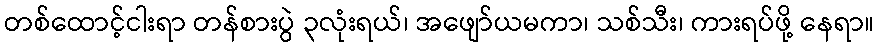
တစ်ထောင့်ငါးရာ တန်စားပွဲ ၃လုံးရယ်၊ အဖျော်ယမကာ၊ သစ်သီး၊ ကားရပ်ဖို့ နေရာ။